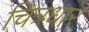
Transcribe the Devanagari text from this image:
चित्रधार